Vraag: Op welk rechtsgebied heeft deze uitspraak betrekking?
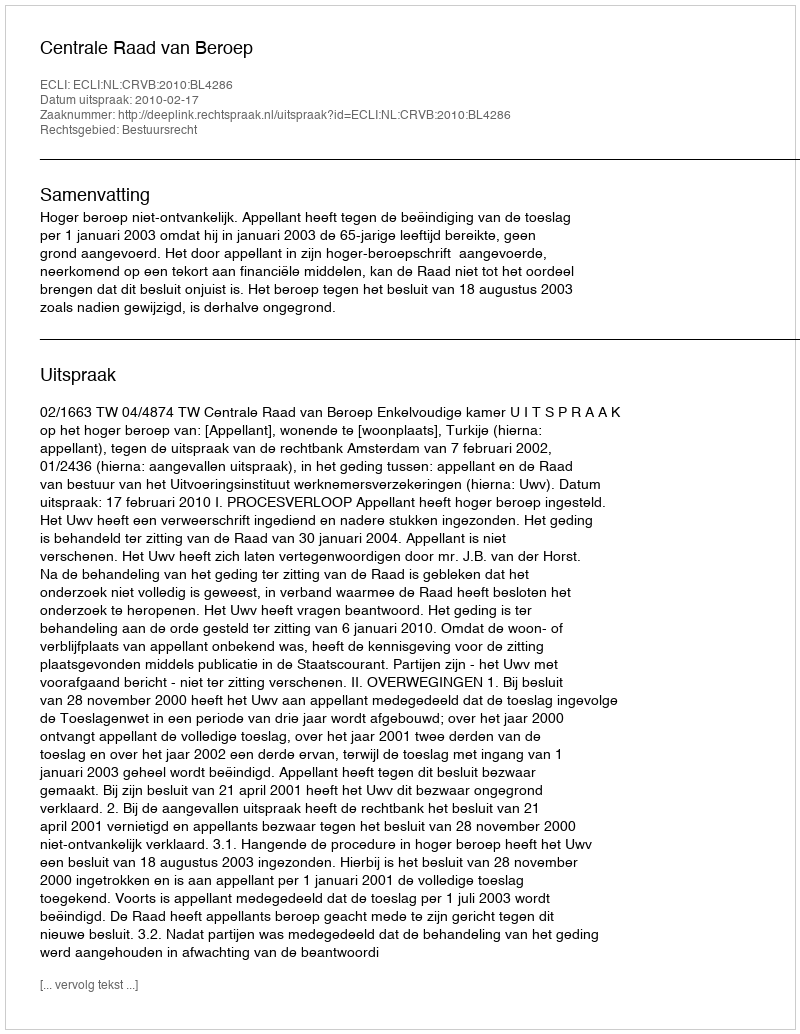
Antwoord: Bestuursrecht